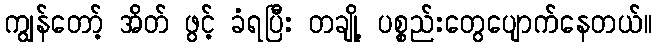
ကျွန်တော့် အိတ် ဖွင့် ခံရပြီး တချို့ ပစ္စည်းတွေပျောက်နေတယ်။